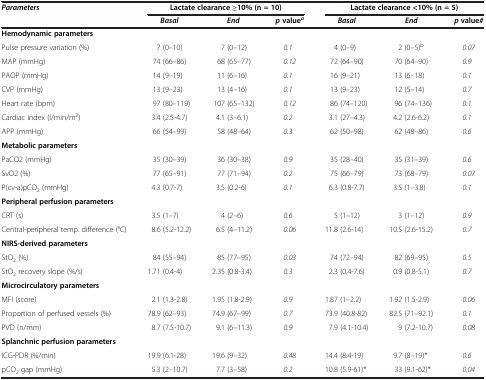
<table><thead><tr><td><b><i>Parameters</i></b></td><td colspan="3"><b>Lactate clearance ≥10% (n = 10)</b></td><td colspan="3"><b>Lactate clearance &lt;10% (n = 5)</b></td></tr><tr><td><b> </b></td><td><b><i>Basal</i></b></td><td><b><i>End</i></b></td><td><b><i>p</i>value<sup><i>a</i></sup></b></td><td><b><i>Basal</i></b></td><td><b><i>End</i></b></td><td><b><i>p</i>value<i>#</i></b></td></tr></thead><tbody><tr><td colspan="2"><b>Hemodynamic parameters</b></td><td> </td><td> </td><td> </td><td> </td><td> </td></tr><tr><td>Pulse pressure variation (%)</td><td>7 (0–10)</td><td>7 (0–12)</td><td><i>0.1</i></td><td>4 (0–9)</td><td>2 (0–5)<sup>b</sup></td><td><i>0.07</i></td></tr><tr><td>MAP (mmHg)</td><td>74 (66–86)</td><td>68 (65–77)</td><td><i>0.12</i></td><td>72 (64–90)</td><td>70 (64–90)</td><td><i>0.9</i></td></tr><tr><td>PAOP (mmHg)</td><td>14 (9–19)</td><td>11 (6–16)</td><td><i>0.1</i></td><td>16 (9–21)</td><td>13 (6–18)</td><td><i>0.1</i></td></tr><tr><td>CVP (mmHg)</td><td>13 (9–23)</td><td>13 (4–16)</td><td><i>0.1</i></td><td>13 (9–23)</td><td>12 (5–14)</td><td><i>0.7</i></td></tr><tr><td>Heart rate (bpm)</td><td>97 (80–119)</td><td>107 (65–132)</td><td><i>0.12</i></td><td>86 (74–120)</td><td>96 (74–136)</td><td><i>0.1</i></td></tr><tr><td>Cardiac index (l/min/m<sup>2</sup>)</td><td>3.4 (2.5-4.7)</td><td>4.1 (3–6.1)</td><td><i>0.2</i></td><td>3.1 (27–4.3)</td><td>4.2 (2.6-6.2)</td><td><i>0.1</i></td></tr><tr><td>APP (mmHg)</td><td>66 (54–99)</td><td>58 (48–64)</td><td><i>0.3</i></td><td>62 (50–98)</td><td>62 (48–86)</td><td><i>0.6</i></td></tr><tr><td><b>Metabolic parameters</b></td><td> </td><td> </td><td> </td><td> </td><td> </td><td> </td></tr><tr><td>PaCO2 (mmHg)</td><td>35 (30–39)</td><td>36 (30–38)</td><td><i>0.9</i></td><td>35 (28–40)</td><td>35 (31–39)</td><td><i>0.6</i></td></tr><tr><td>SvO2 (%)</td><td>77 (65–91)</td><td>77 (71–94)</td><td><i>0.2</i></td><td>75 (66–79)</td><td>73 (68–79)</td><td><i>0.07</i></td></tr><tr><td>P(cv-a)pCO<sub>2</sub> (mmHg)</td><td>4.3 (0.7-7)</td><td>3.5 (0.2-6)</td><td><i>0.1</i></td><td>6.3 (0.8-7.7)</td><td>3.5 (1–3.8)</td><td><i>0.1</i></td></tr><tr><td><b>Peripheral perfusion parameters</b></td><td> </td><td> </td><td> </td><td> </td><td> </td><td> </td></tr><tr><td>CRT (s)</td><td>3.5 (1–7)</td><td>4 (2–6)</td><td><i>0.6</i></td><td>5 (1–12)</td><td>3 (1–12)</td><td><i>0.9</i></td></tr><tr><td>Central-peripheral temp. difference (°C)</td><td>8.6 (5.2-12.2)</td><td>6.5 (4–11.2)</td><td><i>0.06</i></td><td>11.8 (2.6-14)</td><td>10.5 (2.6-15.2)</td><td><i>0.7</i></td></tr><tr><td><b>NIRS-derived parameters</b></td><td> </td><td> </td><td> </td><td> </td><td> </td><td> </td></tr><tr><td>StO<sub>2</sub> (%)</td><td>84 (55–94)</td><td>85 (77–95)</td><td><i>0.03</i></td><td>74 (72–94)</td><td>82 (69–95)</td><td><i>0.5</i></td></tr><tr><td>StO<sub>2</sub> recovery slope (%/s)</td><td>1.71 (0.4-4)</td><td>2.35 (0.8-3.4)</td><td><i>0.3</i></td><td>2.3 (0.4-7.6)</td><td>0.9 (0.8-5.1)</td><td><i>0.7</i></td></tr><tr><td><b>Microcirculatory parameters</b></td><td> </td><td> </td><td> </td><td> </td><td> </td><td> </td></tr><tr><td>MFI (score)</td><td>2.1 (1.3-2.8)</td><td>1.95 (1.8-2.9)</td><td><i>0.9</i></td><td>1.87 (1–2.2)</td><td>1.92 (1.5-2.9)</td><td><i>0.06</i></td></tr><tr><td>Proportion of perfused vessels (%)</td><td>78.9 (62–93)</td><td>74.9 (67–99)</td><td><i>0.7</i></td><td>73.9 (40.8-82)</td><td>82.5 (71–92.1)</td><td><i>0.1</i></td></tr><tr><td>PVD (n/mm)</td><td>8.7 (7.5-10.7)</td><td>9.1 (6–11.3)</td><td><i>0.9</i></td><td>7.9 (4.1-10.4)</td><td>9 (7.2-10.7)</td><td><i>0.08</i></td></tr><tr><td><b>Splanchnic perfusion parameters</b></td><td> </td><td> </td><td> </td><td> </td><td> </td><td> </td></tr><tr><td>ICG-PDR (%/min)</td><td>19.9 (6.1-28)</td><td>19.6 (9–32)</td><td><i>0.48</i></td><td>14.4 (8.4-19)</td><td>9.7 (8–19)*</td><td><i>0.6</i></td></tr><tr><td>pCO<sub>2</sub> gap (mmHg)</td><td>5.3 (2–10.7)</td><td>7.7 (3–58)</td><td><i>0.2</i></td><td>10.8 (5.9-61)*</td><td>33 (9.1-62)*</td><td><i>0.04</i></td></tr></tbody></table>